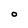
Character: O